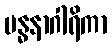
ဗန္ဓနာဂါရိကာ